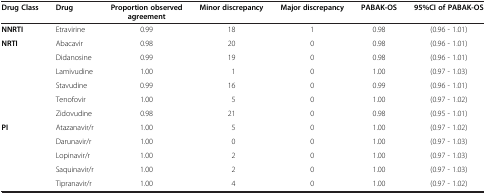
<table><thead><tr><td><b>Drug Class</b></td><td><b>Drug</b></td><td><b>Proportion observed agreement</b></td><td><b>Minor discrepancy</b></td><td><b>Major discrepancy</b></td><td><b>PABAK-OS</b></td><td><b>95%CI of PABAK-OS</b></td></tr></thead><tbody><tr><td><b>NNRTI</b></td><td>Etravirine</td><td>0.99</td><td>18</td><td>1</td><td>0.98</td><td>(0.96 - 1.01)</td></tr><tr><td><b>NRTI</b></td><td>Abacavir</td><td>0.98</td><td>20</td><td>0</td><td>0.98</td><td>(0.96 - 1.01)</td></tr><tr><td> </td><td>Didanosine</td><td>0.99</td><td>19</td><td>0</td><td>0.98</td><td>(0.96 - 1.01)</td></tr><tr><td> </td><td>Lamivudine</td><td>1.00</td><td>1</td><td>0</td><td>1.00</td><td>(0.97 - 1.03)</td></tr><tr><td> </td><td>Stavudine</td><td>0.99</td><td>16</td><td>0</td><td>0.99</td><td>(0.96 - 1.01)</td></tr><tr><td> </td><td>Tenofovir</td><td>1.00</td><td>5</td><td>0</td><td>1.00</td><td>(0.97 - 1.02)</td></tr><tr><td> </td><td>Zidovudine</td><td>0.98</td><td>21</td><td>0</td><td>0.98</td><td>(0.95 - 1.01)</td></tr><tr><td><b>PI</b></td><td>Atazanavir/r</td><td>1.00</td><td>5</td><td>0</td><td>1.00</td><td>(0.97 - 1.02)</td></tr><tr><td> </td><td>Darunavir/r</td><td>1.00</td><td>0</td><td>0</td><td>1.00</td><td>(0.97 - 1.03)</td></tr><tr><td> </td><td>Lopinavir/r</td><td>1.00</td><td>2</td><td>0</td><td>1.00</td><td>(0.97 - 1.03)</td></tr><tr><td> </td><td>Saquinavir/r</td><td>1.00</td><td>2</td><td>0</td><td>1.00</td><td>(0.97 - 1.03)</td></tr><tr><td> </td><td>Tipranavir/r</td><td>1.00</td><td>4</td><td>0</td><td>1.00</td><td>(0.97 - 1.02)</td></tr></tbody></table>